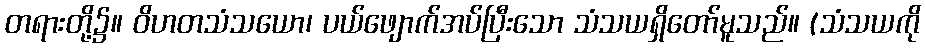
တရားတို့၌။ ဝိဟတသံသယော၊ ပယ်ဖျောက်အပ်ပြီးသော သံသယရှိတော်မူသည်။ (သံသယကို